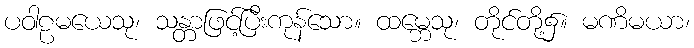
ပဝါဠမယေသု၊ သန္တာဖြင့်ပြီးကုန်သော။ ထမ္ဘေသု၊ တိုင်တို့၌။ မဏိမယာ၊